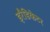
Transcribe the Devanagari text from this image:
इरैडिकेटर